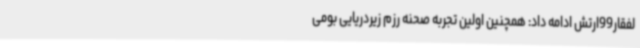
لفقار99ارتش ادامه داد: همچنین اولین تجربه صحنه رزم زیردریایی بومی